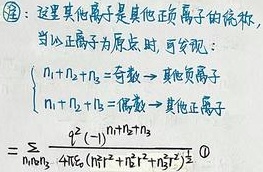
注：这里其他离子是其他正负离子的统称，当以正离子为原点时，可发现：
\[
\begin{cases}
n_1 + n_2 + n_3=\text{奇数}\Rightarrow\text{其他负离子}\\
n_1 + n_2 + n_3=\text{偶数}\Rightarrow\text{其他正离子}
\end{cases}
=\sum_{n_1n_2n_3}\frac{q^2(-1)^{n_1 + n_2 + n_3}}{4\pi\epsilon_0(n_1^2 + n_2^2 + n_3^2)^{\frac{1}{2}}}\quad\textcircled{1}
\]